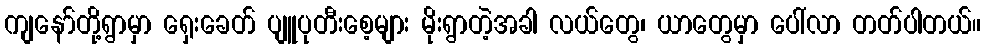
ကျနော်တို့ရွာမှာ ရှေးခေတ် ပျူပုတီးစေ့များ မိုးရွာတဲ့အခါ လယ်တွေ၊ ယာတွေမှာ ပေါ်လာ တတ်ပါတယ်။